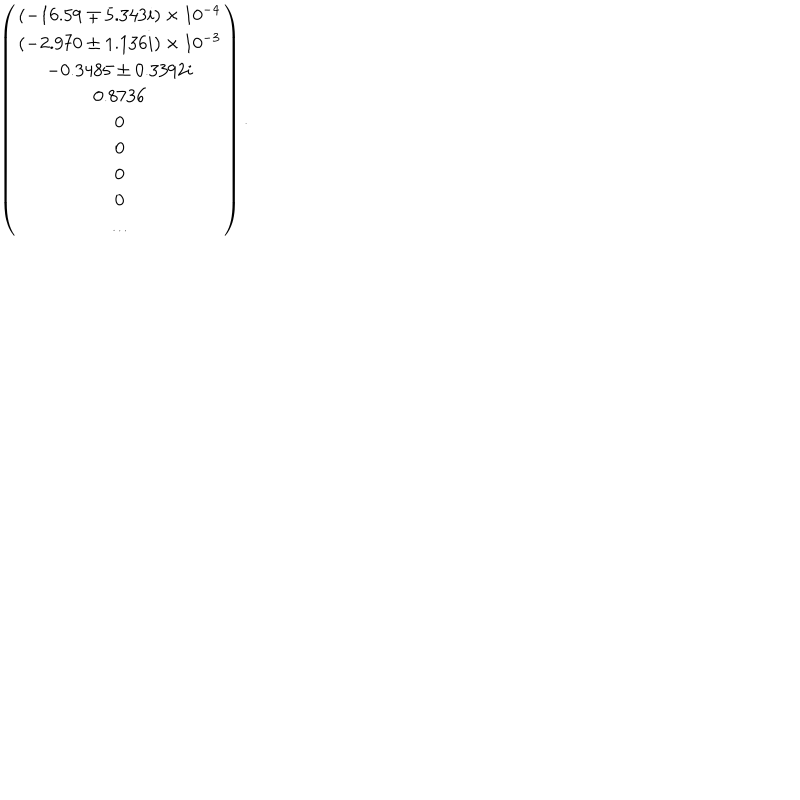
\left( \begin{array} { c } { { ( - 1 6 . 5 9 \mp 5 . 3 4 3 i ) \times 1 0 ^ { - 4 } } } \\ { { ( - 2 . 9 7 0 \pm 1 . 1 3 6 i ) \times 1 0 ^ { - 3 } } } \\ { { - 0 . 3 4 8 5 \pm 0 . 3 3 9 2 i } } \\ { { 0 . 8 7 3 6 } } \\ { { 0 } } \\ { { 0 } } \\ { { 0 } } \\ { { 0 } } \\ { { \ldots } } \\ \end{array} \right) .